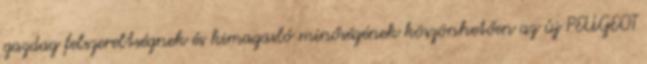
gazdag felszereltségnek és kimagasló minőségének köszönhetően az új PEUGEOT